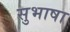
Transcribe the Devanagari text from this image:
सुभाषा